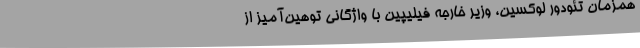
همزمان تئودور لوکسین، وزیر خارجه فیلیپین با واژگانی توهین‌آمیز از